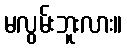
မလွမ်းဘူးလား။